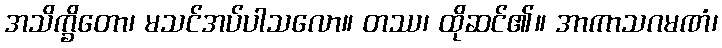
အသိက္ခိတော၊ မသင်အပ်ပါသလော။ တဿ၊ ထိုဆင်၏။ အာကာသဂမဏံ၊